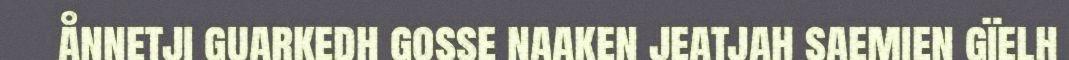
ånnetji guarkedh gosse naaken jeatjah saemien gïelh